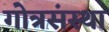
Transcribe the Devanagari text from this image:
गोत्रसंस्था